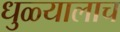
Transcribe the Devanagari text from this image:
धुळ्यालाच